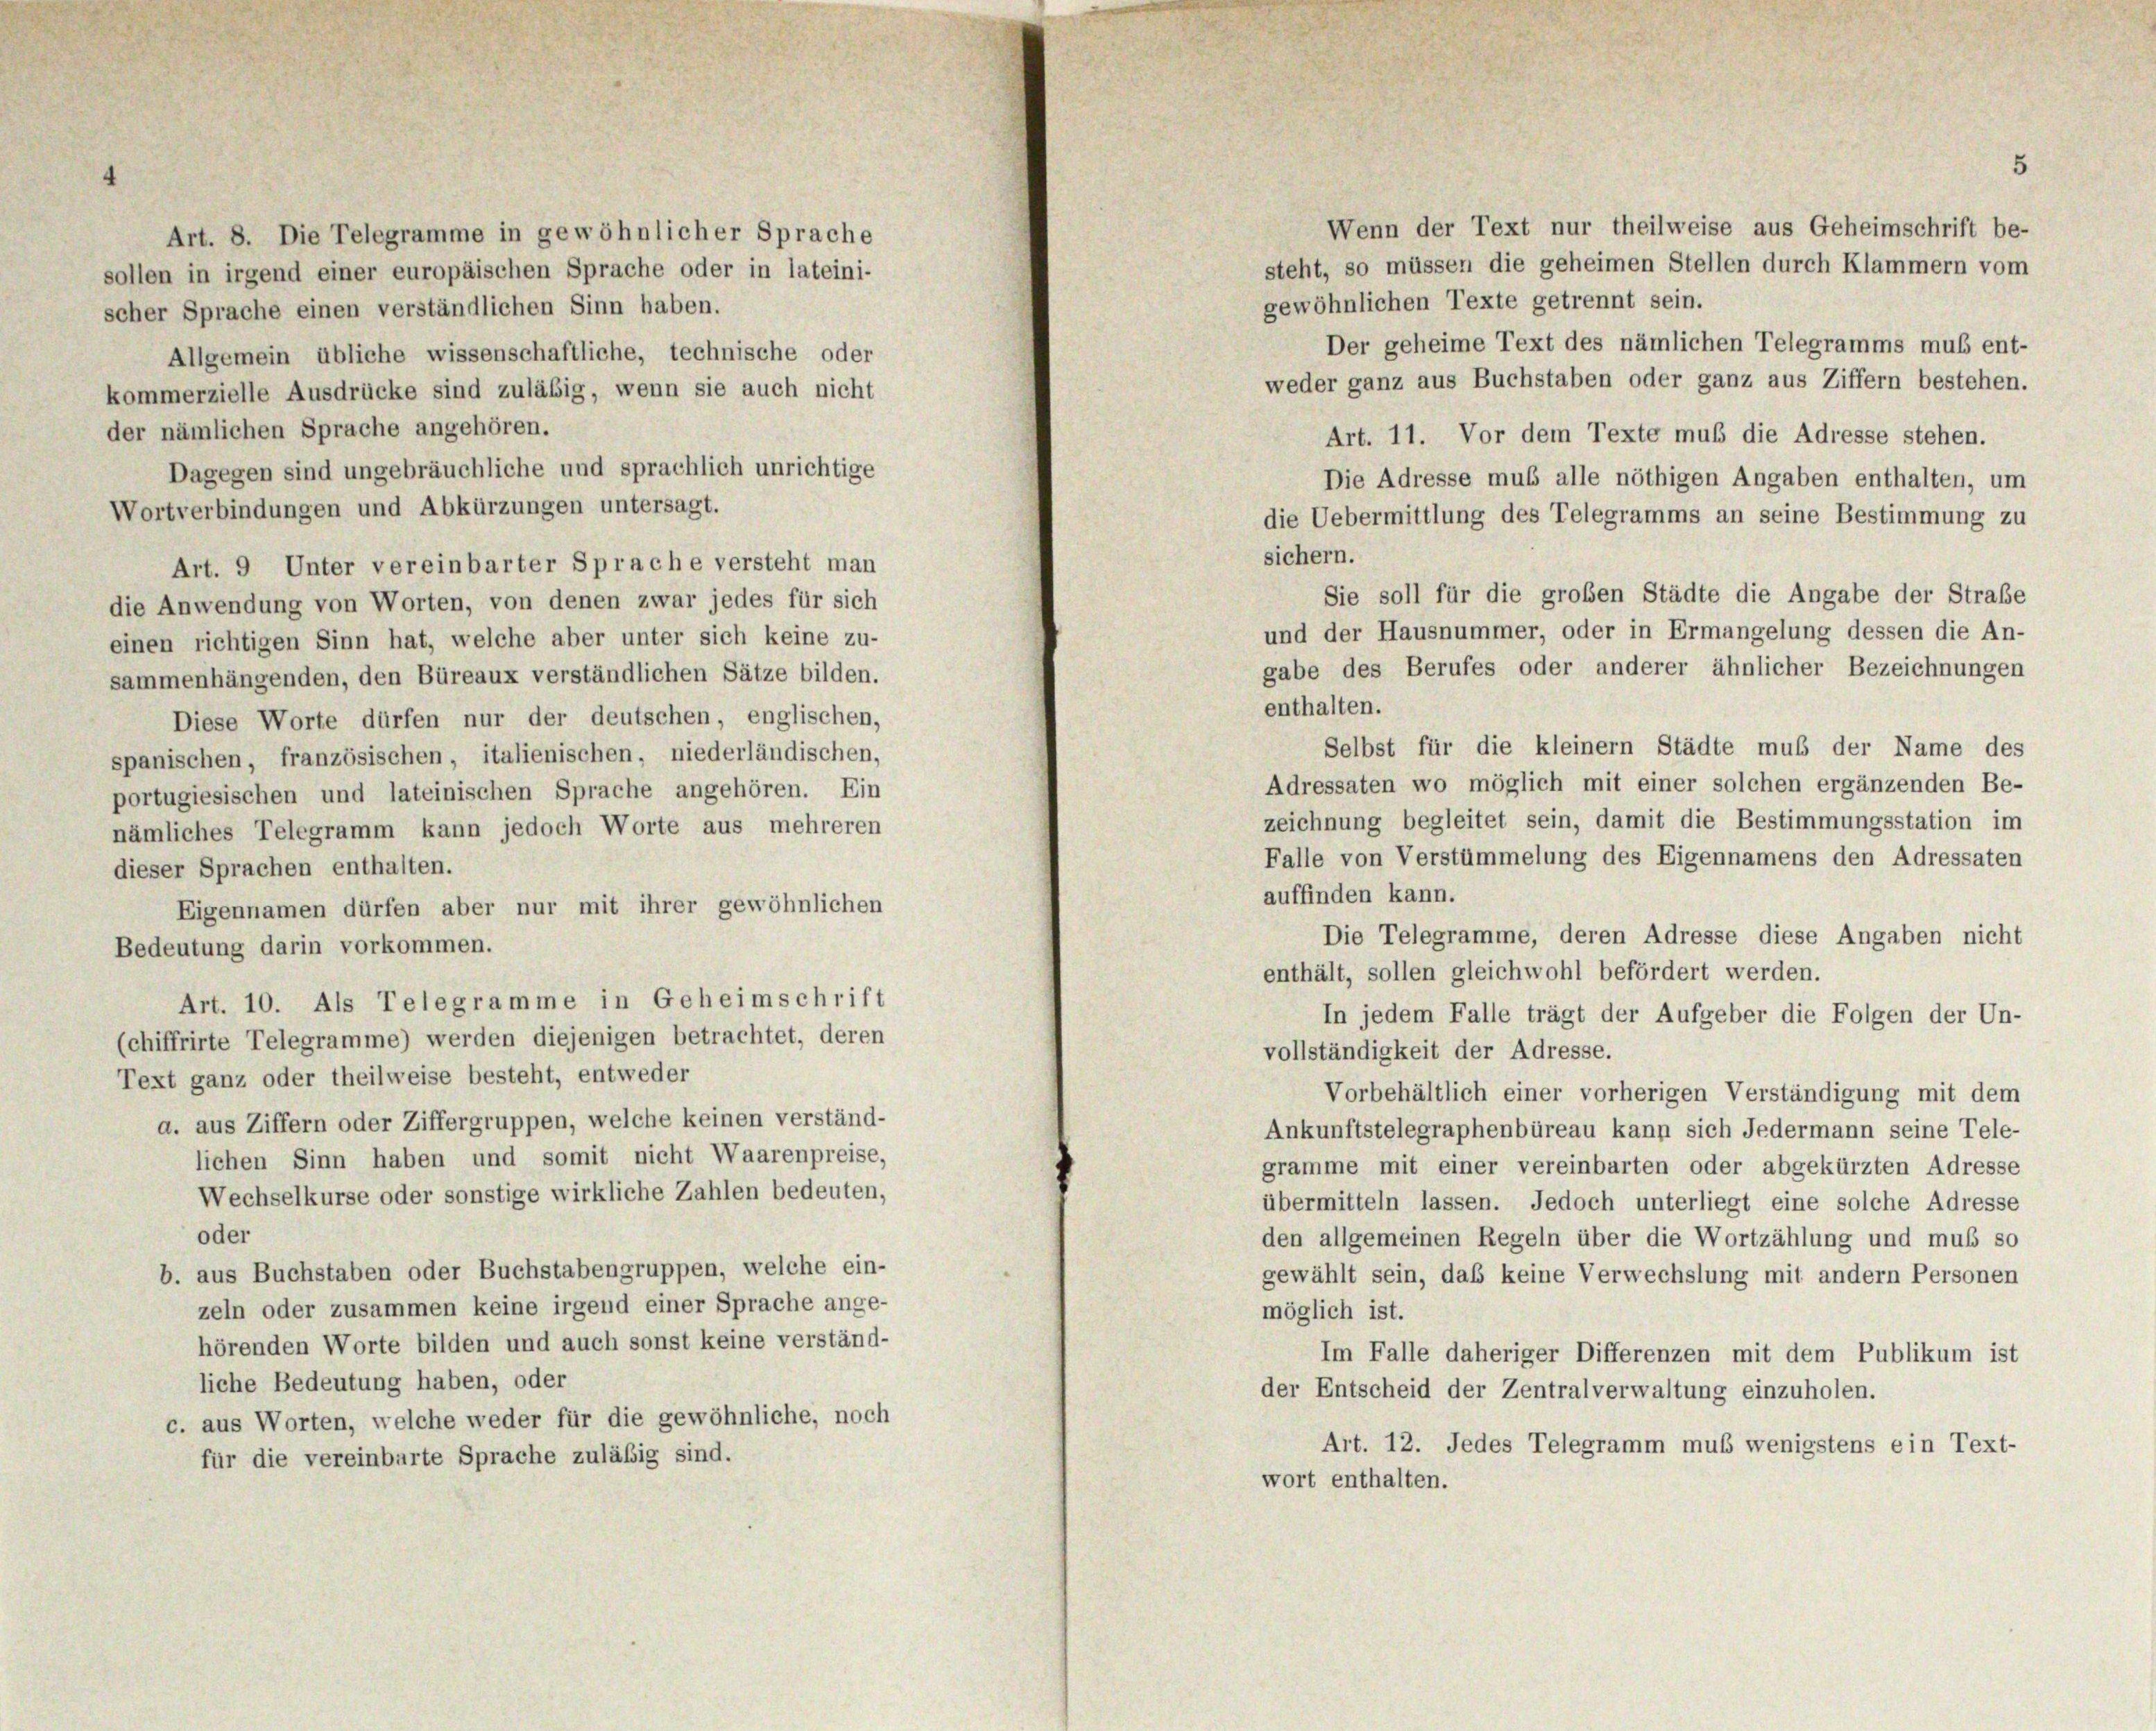
Art. 8. Die Telegramme in gewöhnlicher Sprache
sollen in irgend einer europäischen Sprache oder in lateini-
scher Sprache einen verständlichen Sinn haben.
Allgemein übliche wissenschaftliche, technische oder
kommerzielle Ausdrücke sind zuläßig, wenn sie auch nicht
der nämlichen Sprache angehören.
Dagegen sind ungebräuchliche und sprachlich unrichtige
Wortverbindungen und Abkürzungen untersagt.
Art. 9 Unter vereinbarter Sprache versteht man
die Anwendung von Worten, von denen zwar jedes für sich
einen richtigen Sinn hat, welche aber unter sich keine zu-
sammenhängenden, den Büreaux verständlichen Sätze bilden.
Diese Worte dürfen nur der deutschen, englischen,
spanischen, französischen, italienischen, niederländischen,
portugiesischen und lateinischen Sprache angehören. Ein
nämliches Telegramm kann jedoch Worte aus mehreren
dieser Sprachen enthalten.
Eigennamen dürfen aber nur mit ihrer gewöhnlichen
Bedeutung darin vorkommen.
Art. 10. Als Telegramme in Geheimschrift
(chiffrirte Telegramme) werden diejenigen betrachtet, deren
Text ganz oder theilweise besteht, entweder
a. aus Ziffern oder Ziffergruppen, welche keinen verständ-
lichen Sinn haben und somit nicht Waarenpreise,
Wechselkurse oder sonstige wirkliche Zahlen bedeuten,
oder
b. aus Buchstaben oder Buchstabengruppen, welche ein-
zeln oder zusammen keine irgend einer Sprache ange-
hörenden Worte bilden und auch sonst keine verständ-
liche Bedeutung haben, oder
c. aus Worten, welche weder für die gewöhnliche, noch
für die vereinbarte Sprache zuläßig sind.

gabe des Berufes oder anderer ähnlicher Bezeichnungen
enthalten.
Selbst für die kleinem Städte muß der Name des
Adressaten wo möglich mit einer solchen ergänzenden Be-
zeichnung begleitet sein, damit die Bestimmungsstation im
Falle von Verstümmelung des Eigennamens den Adressaten
auffinden kann.
Die Telegramme, deren Adresse diese Angaben nicht
enthält, sollen gleichwohl befördert werden.
In jedem Falle trägt der Aufgeber die Folgen der Un-
vollständigkeit der Adresse.
Vorbehältlich einer vorherigen Verständigung mit dem
Ankunftstelegraphenbüreau kann sich Jedermann seine Tele-
gramme mit einer vereinbarten oder abgekürzten Adresse
übermitteln lassen. Jedoch unterliegt eine solche Adresse
den allgemeinen Regeln über die Wortzählung und muß so
gewählt sein, daß keine Verwechslung mit andern Personen
möglich ist.
Im Falle daheriger Differenzen mit dem Publikum ist
der Entscheid der Zentralverwaltung einzuholen.
Art. 12. Jedes Telegramm muß wenigstens ein Text-
wort enthalten.

die Uebermittlung des Telegramms an seine Bestimmung zu
sichern.
Sie soll für die großen Städte die Angabe der Straße
und der Hausnummer, oder in Ermangelung dessen die An-

Wenn der Text nur theilweise aus Geheimschrift be-
steht, so müssen die geheimen Stellen durch Klammern vom
gewöhnlichen Texte getrennt sein.
Der geheime Text des nämlichen Telegramms muß ent-
weder ganz aus Buchstaben oder ganz aus Ziffern bestehen.
Art. 11. Vor dem Texte muß die Adresse stehen.
Die Adresse muß alle nöthigen Angaben enthalten, um